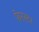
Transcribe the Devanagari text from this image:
फेरस्टर